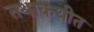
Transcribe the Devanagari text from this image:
तथाकथीत